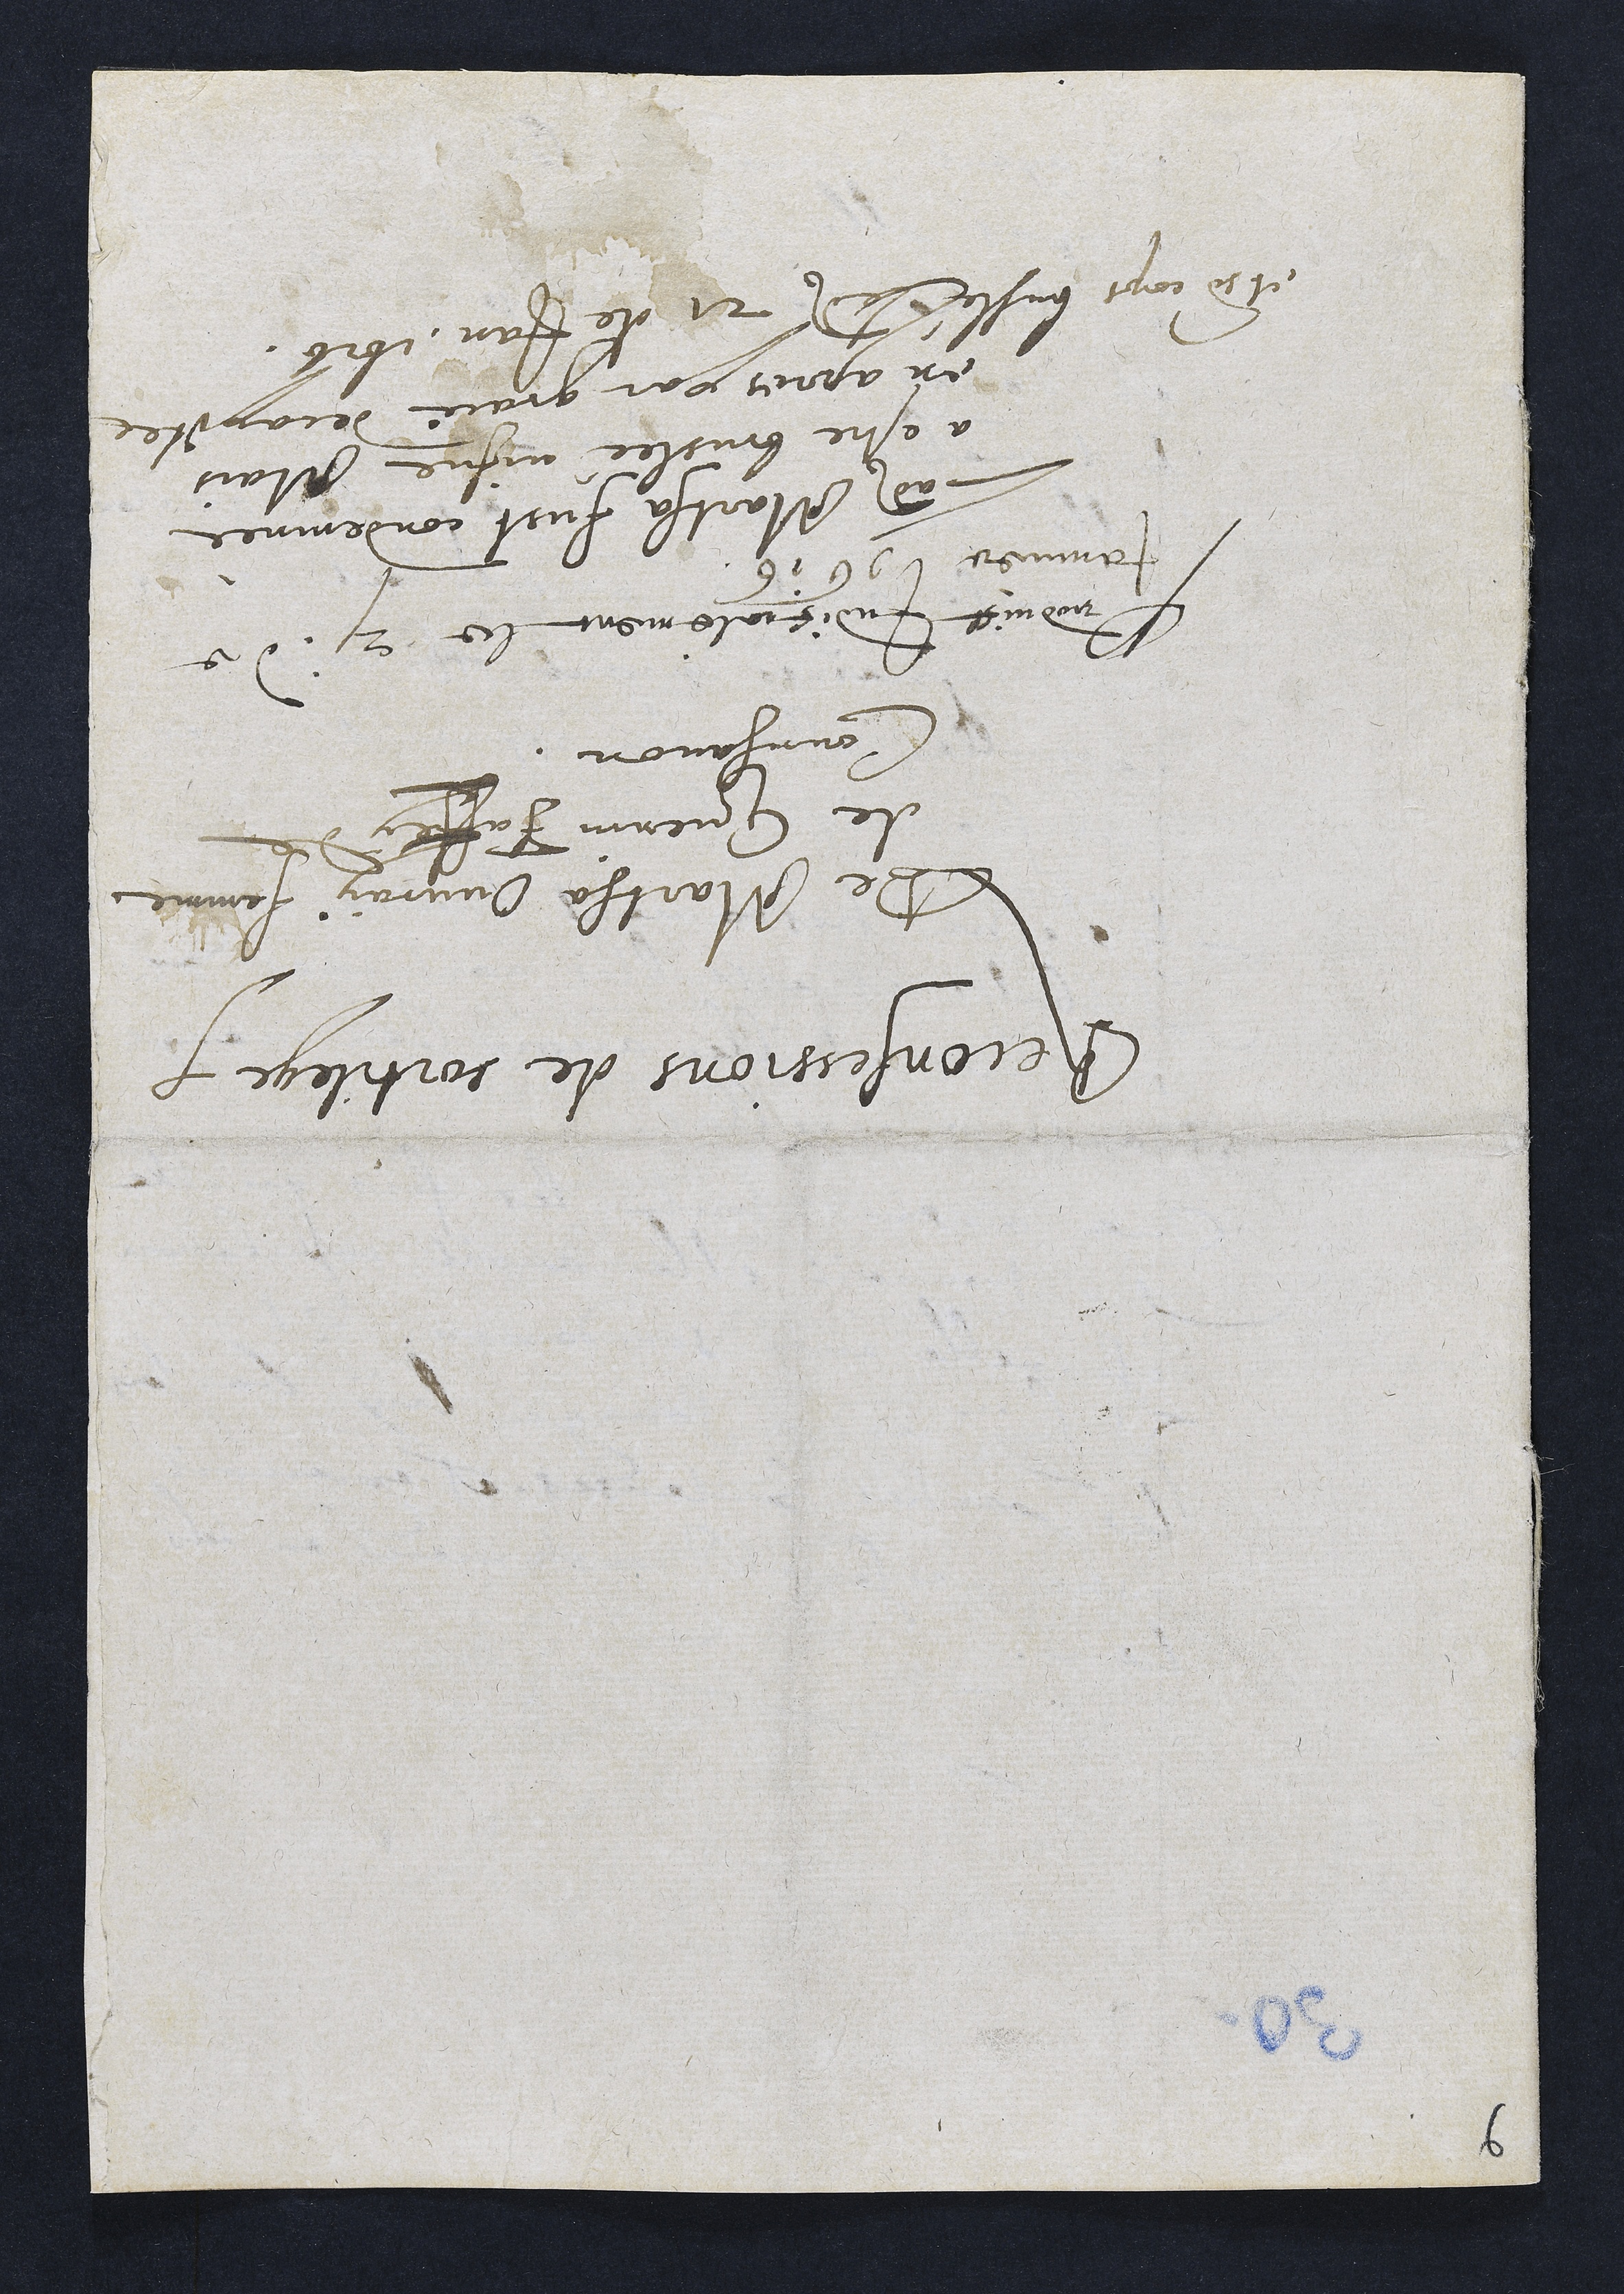
Reconfessions de sortilege
De Martha Ouvray famme
de Guenin Faffey de
Courchavon
Produit Judicielement le 21. de
Janvier 1616.
Ladite Martha fust condemnée
a estre bruslée vifve Mais
en apres par grace decapitee
et son corps bruslé ledit 21 de Jan. 1616